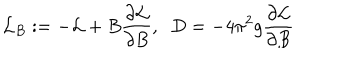
{ \cal L } _ { B } : = - { \cal L } + B \frac { \partial { \cal L } } { \partial B } , \; \; D = - 4 \pi ^ { 2 } g \frac { \partial { \cal L } } { \partial B }